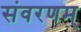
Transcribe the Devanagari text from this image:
संवरणम्